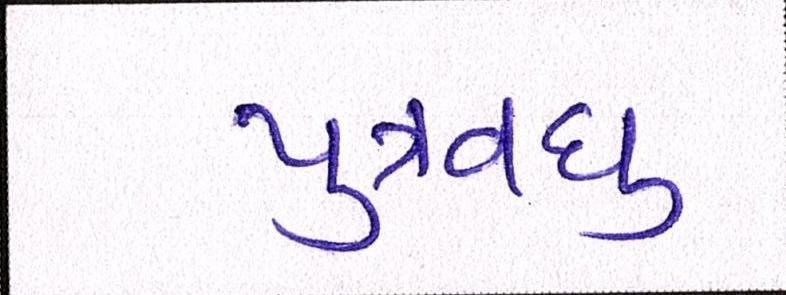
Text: પુત્રવધુ